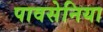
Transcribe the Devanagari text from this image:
पावसेनिया